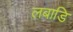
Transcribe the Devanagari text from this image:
लबाडि